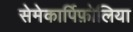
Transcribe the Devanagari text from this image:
सेमेकार्पिफ़ोलिया